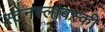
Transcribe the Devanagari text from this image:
स्टेनस्लावस्की